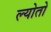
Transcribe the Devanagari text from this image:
ल्योतो